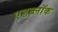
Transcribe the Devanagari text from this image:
एडब्लॉक